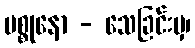
မစ္စုနော - သေခြင်းမှ၊